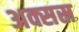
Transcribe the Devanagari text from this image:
अक्सस्र